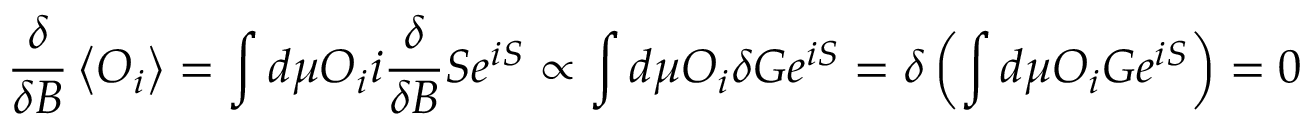
{ \frac { \delta } { \delta B } } \left\langle O _ { i } \right\rangle = \int d \mu O _ { i } i { \frac { \delta } { \delta B } } S e ^ { i S } \propto \int d \mu O _ { i } \delta G e ^ { i S } = \delta \left( \int d \mu O _ { i } G e ^ { i S } \right) = 0